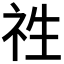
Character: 𮁢